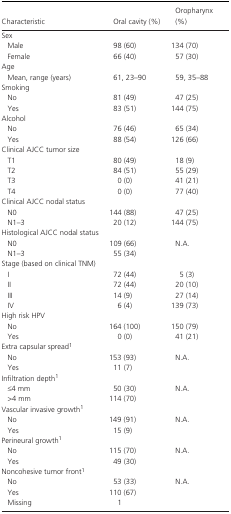
| Characteristic | Oral cavity (%) | Oropharynx (%) |
 | --- | --- | --- |
 | <COLSPAN=3> Sex |
 | Male | 98 (60) | 134 (70) |
 | Female | 66 (40) | 57 (30) |
 | <COLSPAN=3> Age |
 | Mean, range (years) | 61, 23–90 | 59, 35–88 |
 | <COLSPAN=3> Smoking |
 | No | 81 (49) | 47 (25) |
 | Yes | 83 (51) | 144 (75) |
 | <COLSPAN=3> Alcohol |
 | No | 76 (46) | 65 (34) |
 | Yes | 88 (54) | 126 (66) |
 | <COLSPAN=3> Clinical AJCC tumor size |
 | T1 | 80 (49) | 18 (9) |
 | T2 | 84 (51) | 55 (29) |
 | T3 | 0 (0) | 41 (21) |
 | T4 | 0 (0) | 77 (40) |
 | <COLSPAN=3> Clinical AJCC nodal status |
 | N0 | 144 (88) | 47 (25) |
 | N1–3 | 20 (12) | 144 (75) |
 | <COLSPAN=3> Histological AJCC nodal status |
 | N0 | 109 (66) | N.A. |
 | N1–3 | 55 (34) |  |
 | <COLSPAN=3> Stage (based on clinical TNM) |
 | I | 72 (44) | 5 (3) |
 | II | 72 (44) | 20 (10) |
 | III | 14 (9) | 27 (14) |
 | IV | 6 (4) | 139 (73) |
 | <COLSPAN=3> High risk HPV |
 | No | 164 (100) | 150 (79) |
 | Yes | 0 (0) | 41 (21) |
 | <COLSPAN=3> Extra capsular spread1 |
 | No | 153 (93) | N.A. |
 | Yes | 11 (7) |  |
 | <COLSPAN=3> Infiltration depth1 |
 | ≤4 mm | 50 (30) | N.A. |
 | >4 mm | 114 (70) |  |
 | <COLSPAN=3> Vascular invasive growth1 |
 | No | 149 (91) | N.A. |
 | Yes | 15 (9) |  |
 | <COLSPAN=3> Perineural growth1 |
 | No | 115 (70) | N.A. |
 | Yes | 49 (30) |  |
 | <COLSPAN=3> Noncohesive tumor front1 |
 | No | 53 (33) | N.A. |
 | Yes | 110 (67) |  |
 | Missing | 1 |  |